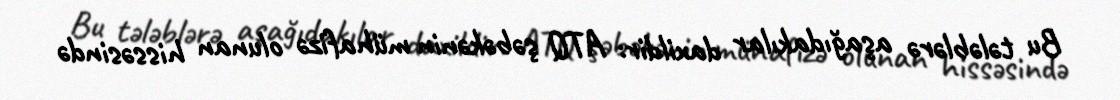
Bu tələblərə aşağıdakılar daxildir: ATQ şəbəkənin mühafizə olunan hissəsində